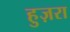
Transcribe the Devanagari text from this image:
हुज़रा